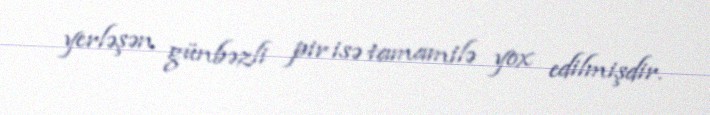
yerləşən günbəzli pir isə tamamilə yox edilmişdir.